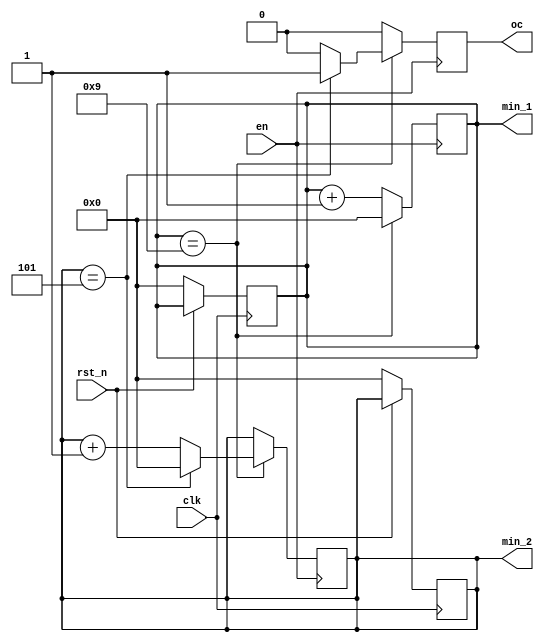
`timescale 1ns/1ps
//60
module mod60_min(
    input            clk    ,        // 
    input             en     ,        // 
    input             rst_n  ,        // 
    output reg  [3:0] min_1    ,        // 
    output reg  [3:0] min_2    ,        //     
    output reg     oc               // 
);
    always@(posedge clk)
        begin
            if(rst_n == 0)
                begin
                    min_1 <= 4'b0000;
                    min_2 <= 4'b0000;
                end
        end
    always@(posedge en) 
        begin 
            if(min_1 == 4'b1001) 
                begin
                    min_1 <= 4'b0000;
                    if(min_2 ==4'b0101) 
                        begin
                            min_2 <= 4'b000;
                            oc <= 1'b1;
                        end
                    else 
                        begin
                            min_2 <= min_2 + 1;
                            oc <= 1'b0;
                        end
                end
            else 
                begin
                    min_1 <= min_1 + 1;
                    oc <= 1'b0;
                end
                
        end
endmodule